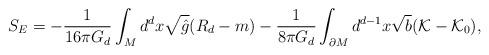
LaTeX: \begin{align*}S_{E} = - \frac{1}{16\pi G_{d}} \int_{M} d^{d}x \sqrt{\hat{g}} (R_{d} - m) -\frac{1}{8 \pi G_{d}} \int_{\partial M} d^{d-1}x \sqrt{b} ({\cal{K}} - {\cal{K}}_{0}),\end{align*}